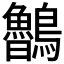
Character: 𪈂